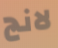
لانج